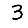
Digit: 3